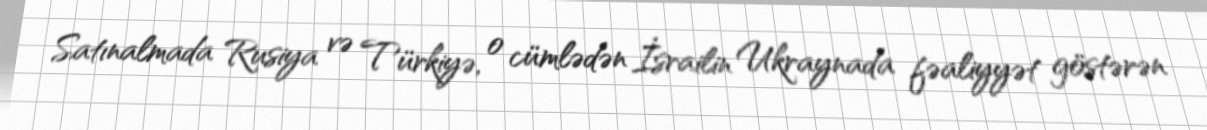
Satınalmada Rusiya və Türkiyə, o cümlədən İsrailin Ukraynada fəaliyyət göstərən